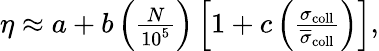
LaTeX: \begin{array}{r}{\eta\approx a+b\left(\frac{N}{10^{5}}\right)\left[1+c\left(\frac{\sigma_{\mathrm{coll}}}{\overline{{\sigma}}_{\mathrm{coll}}}\right)\right],}\end{array}